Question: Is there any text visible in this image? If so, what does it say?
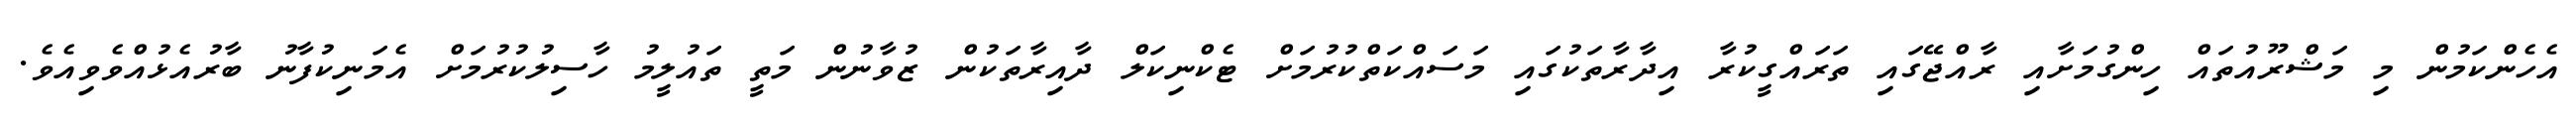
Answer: އެހެންކަމުން މި މަޝްރޫއުތައް ހިންގުމަށާއި ރާއްޖޭގައި ތަރައްގީކުރާ އިދާރާތަކުގައި މަސައްކަތްކުރުމަށް ޓެކްނިކަލް ދާއިރާތަކުން ޒުވާނުން މަތީ ތައުލީމު ހާސިލުކުރުމަށް އެމަނިކުފާނު ބާރުއެޅުއްވެވިއެވެ.